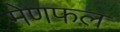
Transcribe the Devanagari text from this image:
मेणफल